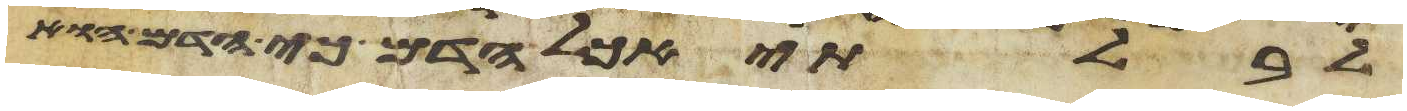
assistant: לבלתי אכל הדם כי הדם הוא